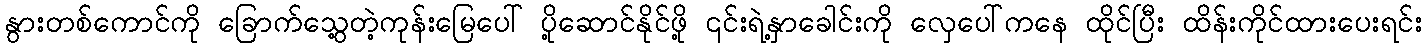
နွားတစ်ကောင်ကို ခြောက်သွေ့တဲ့ကုန်းမြေပေါ် ပို့ဆောင်နိုင်ဖို့ ၎င်းရဲ့နှာခေါင်းကို လှေပေါ်ကနေ ထိုင်ပြီး ထိန်းကိုင်ထားပေးရင်း